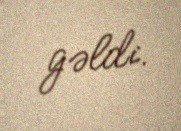
gəldi.